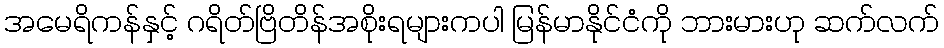
အမေရိကန်နှင့် ဂရိတ်ဗြိတိန်အစိုးရများကပါ မြန်မာနိုင်ငံကို ဘားမားဟု ဆက်လက်